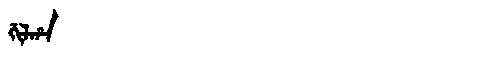
Manchu: ᡤᡳᠯᡥᠠ
Romanization: GILHA